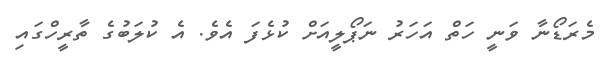
މެރަޑޯނާ ވަނީ ހަތް އަހަރު ނަޕޯލީއަށް ކުޅެފަ އެވެ. އެ ކުލަބުގެ ތާރީހްގައި